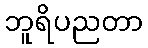
ဘူရိပညတာ